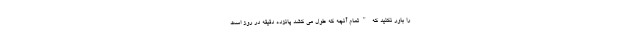
را باور نکنید که "تمام آنچه که طول می کشد پانزده دقیقه در روز است